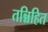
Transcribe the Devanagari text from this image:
तन्निहित